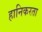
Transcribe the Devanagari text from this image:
हानिकरता